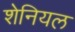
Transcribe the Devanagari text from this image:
शेनियल